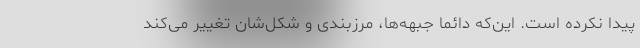
پیدا نکرده است. این‌که دائما جبهه‌ها، مرزبندی و شکل‌شان تغییر می‌کند